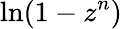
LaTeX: \ln(1-z^{n})